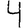
Digit: 4